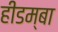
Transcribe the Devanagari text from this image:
हीडम्बा